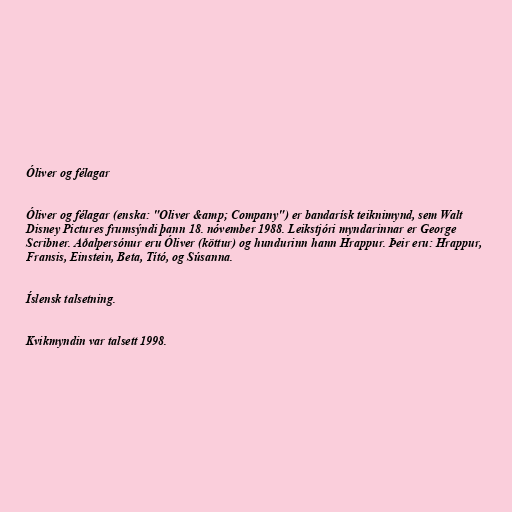
Óliver og félagar

Óliver og félagar (enska: "Oliver &amp; Company") er bandarísk teiknimynd, sem Walt
Disney Pictures frumsýndi þann 18. nóvember 1988. Leikstjóri myndarinnar er George
Scribner. Aðalpersónur eru Óliver (köttur) og hundurinn hann Hrappur. Þeir eru: Hrappur,
Fransis, Einstein, Beta, Tító, og Súsanna.

Íslensk talsetning.

Kvikmyndin var talsett 1998.